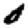
Digit: 0